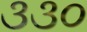
૩૩૦